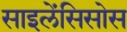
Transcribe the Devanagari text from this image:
साइलेंसिसोस